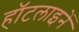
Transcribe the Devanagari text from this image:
हॉटलाइनें